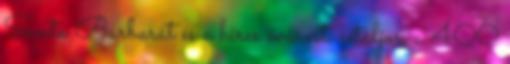
Santa Barbarát és a híres óvárost, sétáljon a 400